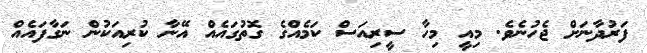
ފަރުދާނަށް ޖެހުނެވެ. މިއީ މިހާ ސީރިއަސް ކަމެއްގެ ގޮތުގައެއް އޭނާ ކުރިއަކުން ނަގާފައެއް